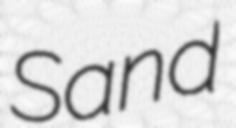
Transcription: Sand